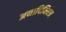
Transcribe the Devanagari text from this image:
अनादिनिधन